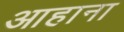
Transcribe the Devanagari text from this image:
आहाना